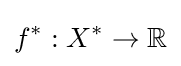
f^{*}:X^{*}\to \mathbb {R}